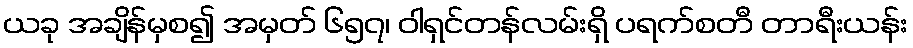
ယခု အချိန်မှစ၍ အမှတ် ၆၅၇၊ ဝါရှင်တန်လမ်းရှိ ပရက်စတီ တာရီးယန်း